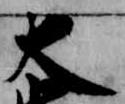
大